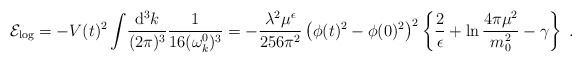
\begin{align*}{\cal E}_{\rm log} =- V(t)^2\int\!\frac{{\rm d^3}k}{(2\pi)^3}\frac{1}{16 (\omega_k^0)^3}=-\frac{\lambda^2\mu^\epsilon}{256\pi^2}\left( \phi(t)^2 - \phi(0)^2\right)^2\left\{\frac{2}{\epsilon}+\ln\frac{4\pi\mu^2}{m_0^2} -\gamma \right\} \;.\end{align*}